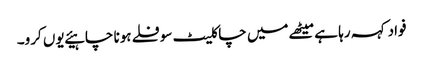
فواد کہہ رہا ہے میٹھے میں چاکلیٹ سوفلے ہونا چاہیئے یوں کرو۔